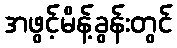
အဖွင့်မိန့်ခွန်းတွင်